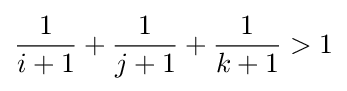
{\frac {1}{i+1}}+{\frac {1}{j+1}}+{\frac {1}{k+1}}>1